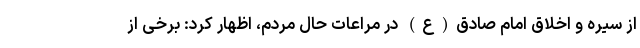
از سیره و اخلاق امام صادق(ع) در مراعات حال مردم، اظهار کرد: برخی از